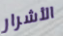
الأشرار